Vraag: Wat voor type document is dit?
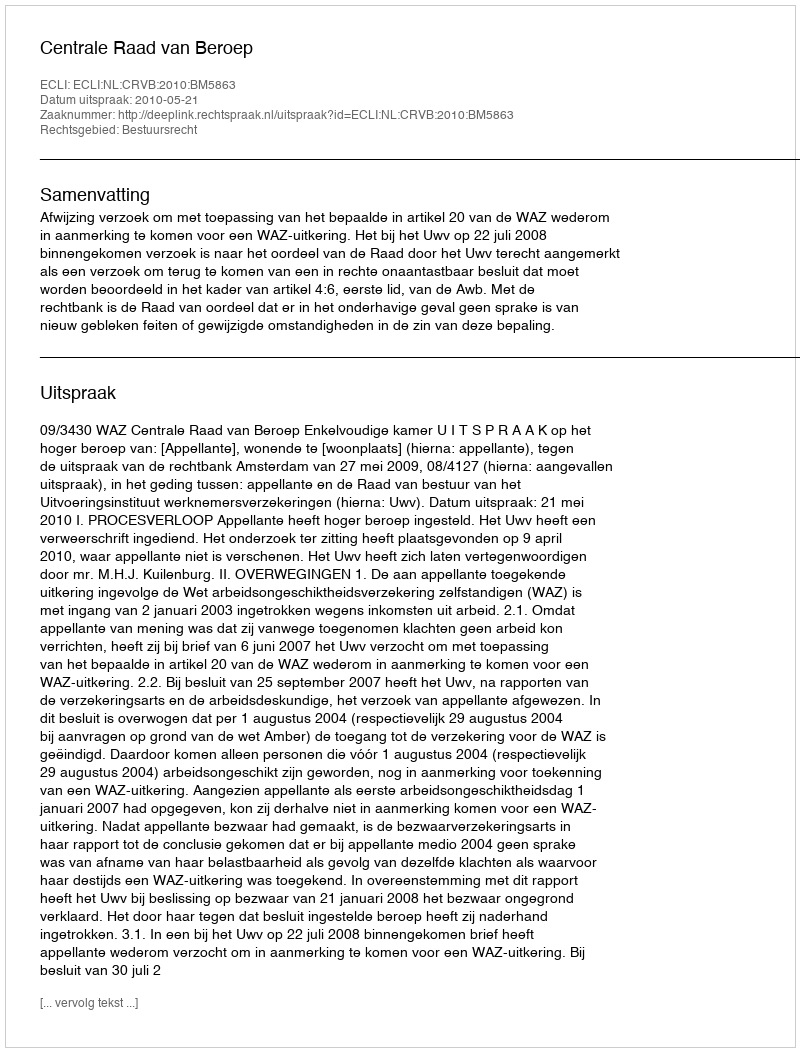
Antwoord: Uitspraak